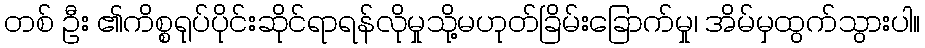
တစ် ဦး ၏ကိစ္စရုပ်ပိုင်းဆိုင်ရာရန်လိုမှုသို့မဟုတ်ခြိမ်းခြောက်မှု၊ အိမ်မှထွက်သွားပါ။